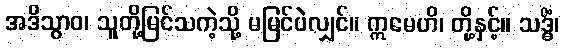
အဒိသွာဝ၊ သူတို့မြင်သကဲ့သို့ မမြင်ပဲလျှင်။ ဣမေဟိ၊ တို့နှင့်။ သဒ္ဓိံ၊